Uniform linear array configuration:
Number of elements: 48
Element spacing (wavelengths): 0.5
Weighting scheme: cosine
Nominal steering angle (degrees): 0
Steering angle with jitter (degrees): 1.564
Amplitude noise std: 0.05
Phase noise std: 0.05

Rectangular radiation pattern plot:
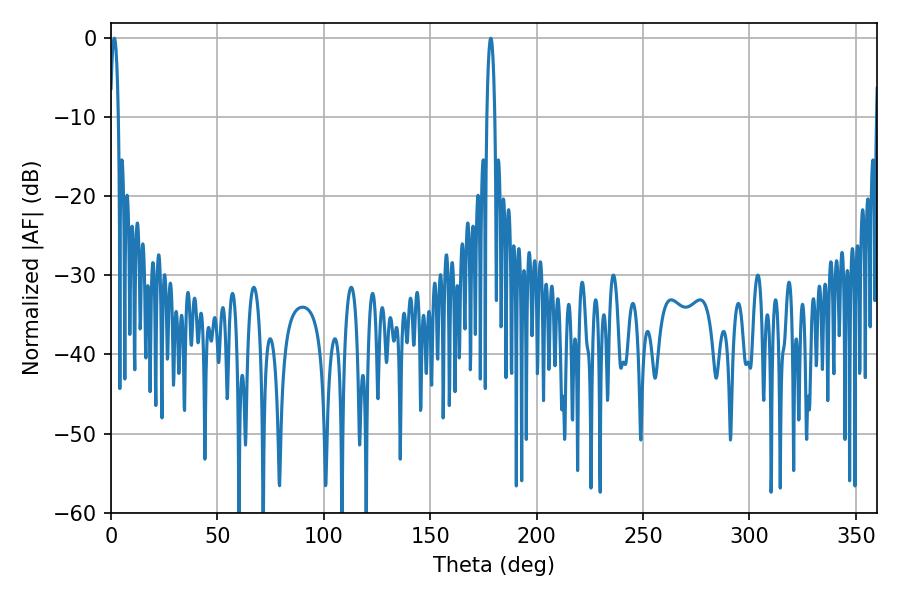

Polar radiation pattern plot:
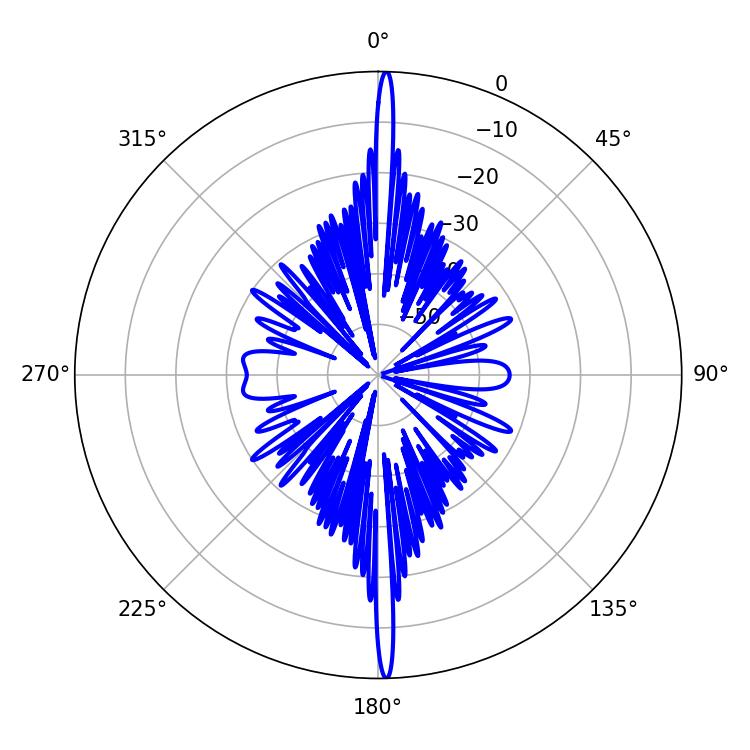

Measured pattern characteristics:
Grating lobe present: FALSE
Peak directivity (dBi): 29.642
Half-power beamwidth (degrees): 1.98
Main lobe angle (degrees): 1.62